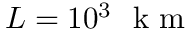
L = 1 0 ^ { 3 } ~ \mathrm { ~ k ~ m ~ }